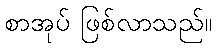
စာအုပ် ဖြစ်လာသည်။